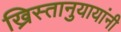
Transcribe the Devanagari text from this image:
ख्रिस्तानुयायांनी